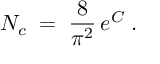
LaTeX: N _ { c } \; = \; \frac { 8 } { \pi ^ { 2 } } \, e ^ { C } \; .